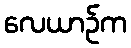
လေယာဉ်က